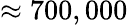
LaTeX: \approx 700,000